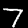
Label: 7